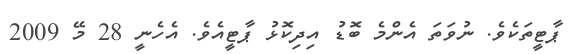
ޕާޓީތަކެވެ. ނުވަތަ އެންމެ ބޮޑު އިދިކޮޅު ޕާޓީއެވެ. އެހެނީ 28 މޭ 2009